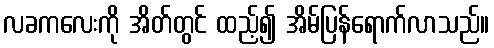
လခကလေးကို အိတ်တွင် ထည့်၍ အိမ်ပြန်ရောက်လာသည်။